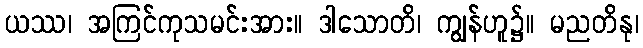
ယဿ၊ အကြင်ကုသမင်းအား။ ဒါသောတိ၊ ကျွန်ဟူ၌။ မညတိနု၊